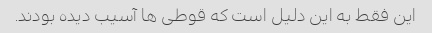
این فقط به این دلیل است که قوطی ها آسیب دیده بودند.